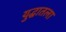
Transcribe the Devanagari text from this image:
युद्धातला